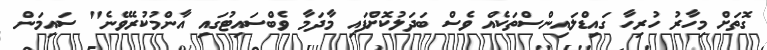
ގޮތަށް މިހާރު ހުރިހާ ގައިޑްލައިންސްތަކެއް ވެސް ބަދަލުކޮށްފައި މާދަމާ ވެބްސައިޓުގައި އާންމުކުރެވޭނެ" ސައިމަން